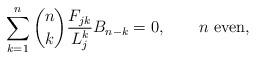
LaTeX: \begin{align*}\sum_{k = 1}^n \binom nk \frac{F_{jk}}{L_j^k} B_{n-k} = 0,\qquad\mbox{$n$ even},\end{align*}